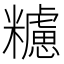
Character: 𥽜